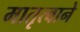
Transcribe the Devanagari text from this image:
मातृत्वाने